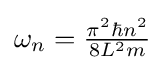
{\textstyle \omega _{n}={\frac {\pi ^{2}\hbar n^{2}}{8L^{2}m}}}